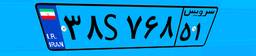
۷۶S۰۹۷۹۳